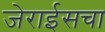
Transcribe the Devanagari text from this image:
जेराईसचा